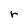
Character: r